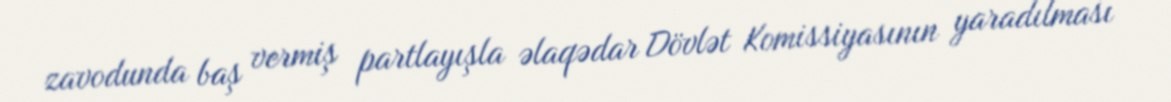
zavodunda baş vermiş partlayışla əlaqədar Dövlət Komissiyasının yaradılması